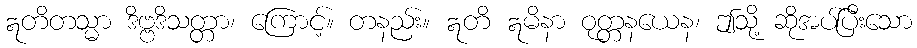
ဣတိတသ္မာ ဒိဗ္ဗဒိသတ္တာ၊ ကြောင့်။ တနည်း။ ဣတိ ဣမိနာ ဝုတ္တနယေန၊ ဤသို့ ဆိုအပ်ပြီးသော